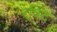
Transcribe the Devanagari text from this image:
रषिद